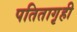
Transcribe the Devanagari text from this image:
पतितागृही